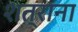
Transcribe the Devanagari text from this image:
शत्राना